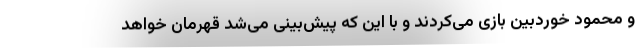
و محمود خوردبین بازی می‌کردند و با این که پیش‌بینی می‌شد قهرمان خواهد